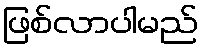
ဖြစ်လာပါမည်